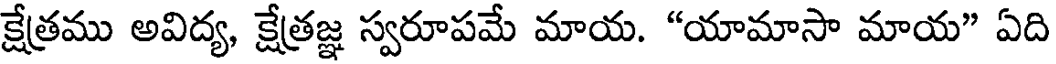
క్షేత్రము అవిద్య, క్షేత్రజ్ఞ స్వరూపమే మాయ. "యామాసా మాయ" ఏది